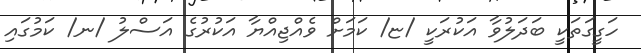
ހަގީގަތަކީ ބަދަލުވާ އަކުރަކީ /ޏ/ ކަމަށް ވެއްޖިއްޔާ އަކުރުގެ އަސްލު /ނ/ ކަމުގައި